Mental hospitals Bombay report 1921-28 - 1921-1928
Year: 1921
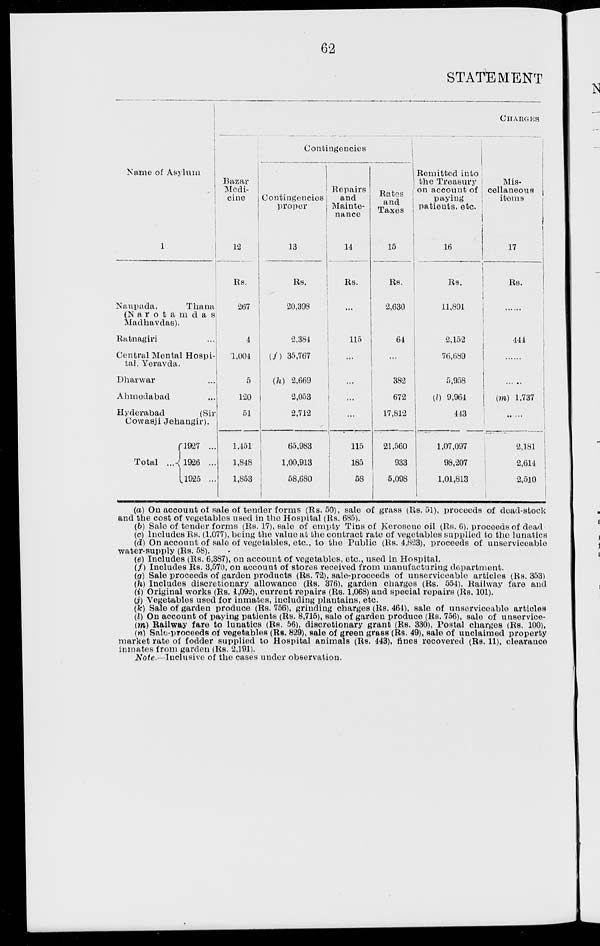
62
STATEMENT
Name of Asylum
1
Naupada,
Thana
(N a r o t a m d a s
Madhavdas).
Ratnagiri ...
Central Mental Hospi¬
tal, Yeravda.
Dharwar ...
Ahmedabad ...
Hyderabad
(Sir
Cowasji Jehangir).
Total ...
1927 ...
1926 ...
1925 ...
CHARGES
Bazar
Medi-
cine
12
Rs.
267
4
1,004
5
120
51
1,451
1,848
1,853
Contingencies
Contingencies
proper
13
Rs.
20,398
2,384
(f) 35,767
(h) 2,669
2,053
2,712
65,983
1,00,913
58,680
Repairs
and
Mainte-
nance
14
Rs.
...
115
...
...
...
...
115
185
58
Rates
and
Taxes
15
Rs.
2,630
64
...
382
672
17,812
21,560
933
5,098
Remitted into
the Treasury
on account of
paying
patients, etc.
16
Rs.
11,891
2,152
76,689
5,958
(l) 9,964
443
1,07,097
98,207
1,01,813
Mis-
cellaneous
items
17
Rs.
......
444
......
......
(m) 1,737
......
2,181
2,614
2,510
(a)
tender forms (Rs. 50), sale of grass (Rs. 51), proceeds of dead-stock
and the cost of vegetables used in the Hospital (Rs. 685).
(b) Sale of tender forms (Rs. 17), sale of empty Tins of Kerosene oil (Rs. 6), proceeds of dead
(c) Includes Rs. (1,077), being the value at the contract rate of vegetables supplied to the lunatics
(d) On account of sale of vegetables, etc., to the Public (Rs. 4,823), proceeds of unserviceable
water-supply (Rs. 58).
(e) Includes (Rs. 6,387), on account of vegetables, etc., used in Hospital.
(f) Includes Rs. 3,570, on account of stores received from manufacturing department.
(g) Sale proceeds of garden products (Rs. 72), sale-proceeds of unserviceable articles (Rs. 353)
(h) Includes discretionary allowance (Rs. 376), garden charges (Rs. 554), Railway fare and
(i) Original works (Rs. 4,092), current repairs (Rs. 1,068) and special repairs (Rs. 101).
(j) Vegetables used for inmates, including plantains, etc.
(k) Sale of garden produce (Rs. 756), grinding charges (Rs. 464), sale of unserviceable articles
(l) On account of paying patients (Rs. 8,715), sale of garden produce (Rs. 756), sale of unservice-
(m) Railway fare to lunatics (Rs. 56), discretionary grant (Rs. 330), Postal charges (Rs. 100),
(n) Sale-proceeds of vegetables (Rs. 829), sale of green grass (Rs. 49), sale of unclaimed property
market rate of fodder supplied to Hospital animals (Rs. 443), fines recovered (Rs. 11), clearance
inmates from garden (Rs. 2,191).
Note.— Inclusive of the cases under observation.